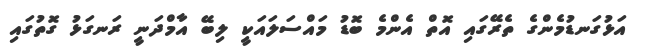
އަޅުގަނޑުމެންގެ ތެރޭގައި އޮތް އެންމެ ބޮޑު މައްސަލައަކީ ލިބޭ އާމްދަނީ ރަނގަޅު ގޮތުގައި